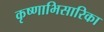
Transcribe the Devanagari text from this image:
कृष्णाभिसारिका